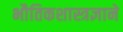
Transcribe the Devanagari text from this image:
भौतिकशास्त्रज्ञाने